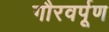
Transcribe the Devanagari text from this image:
गौरवर्पूण